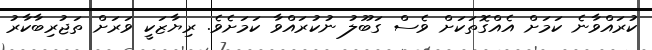
ކުރައްވާނެ ކަމަށް އެއްގޮތަކަށް ވެސް ގަބޫލު ނުކުރައްވާ ކަމަށެވެ. ރިޔާޒަކީ ވަރަށް ތަޖުރިބާކާރު